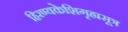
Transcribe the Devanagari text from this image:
हिरण्यकेशिगृह्यसूत्र